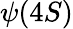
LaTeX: \psi(4S)